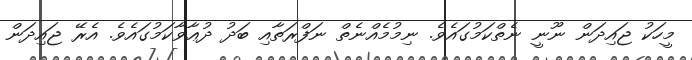
މީހަކު ޖައިދަން ނޫނީ ނެތްކަމުގައެވެ. ނިމުމެއްނެތް ނަފްރަތާއި ބަދު ދުޢާވާކަމުގައެވެ. އެރޭ ޖައިދަން